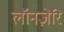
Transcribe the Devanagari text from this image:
लॉनज़ेरि